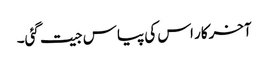
آخرکار اس کی پیاس جیت گئی۔